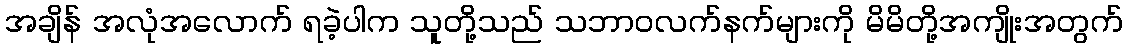
အချိန် အလုံအလောက် ရခဲ့ပါက သူတို့သည် သဘာဝလက်နက်များကို မိမိတို့အကျိုးအတွက်